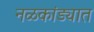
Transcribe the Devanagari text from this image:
नळकांड्यात